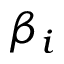
\beta _ { i }